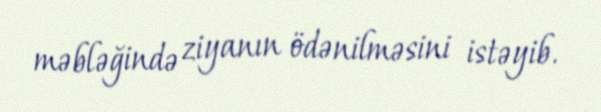
məbləğində ziyanın ödənilməsini istəyib.